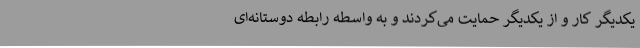
یکدیگر کار و از یکدیگر حمایت می‌کردند و به واسطه رابطه دوستانه‌ای